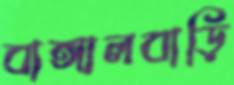
বাঙ্গালবাড়ি